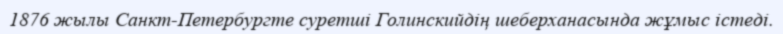
1876 жылы Санкт-Петербургте суретші Голинскийдің шеберханасында жұмыс істеді.